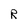
Character: R